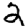
Digit: 2